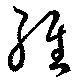
経